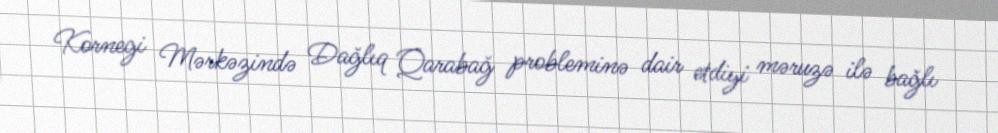
Kornegi Mərkəzində Dağlıq Qarabağ probleminə dair etdiyi məruzə ilə bağlı